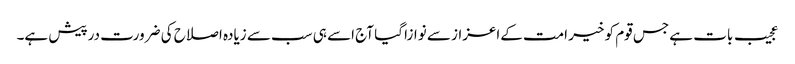
عجیب بات ہے جس قوم کو خیر امت کےاعزاز سے نوازا گیا آج اسے ہی سب سے زیادہ اصلاح کی ضرورت درپیش ہے۔